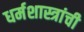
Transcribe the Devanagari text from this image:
धर्मशास्त्रांची